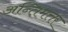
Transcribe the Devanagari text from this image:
अन्तिमत्तर